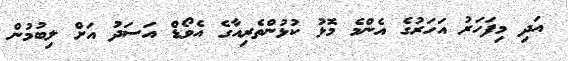
އަދި މިފަހަރު އަހަރުގެ އެންމެ މޮޅު ކުޅުންތެރިއާގެ އެވޯޑް އަސަދު އަށް ލިބުމުން